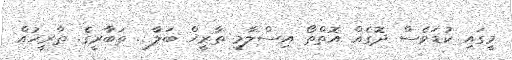
މީގައި ކުޑަވެސް ދޮގެއް އޮތްތޯ އިސްލާމީ ތާރީޚް ބަލާ . ތަބާރީގެ. ތާރީޚުއް